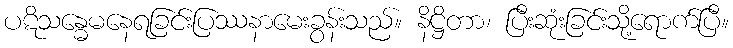
ပဋိသန္ဓေမနေရခြင်းပြဿနာမေးခွန်းသည်။ နိဋ္ဌိတာ၊ ပြီးဆုံးခြင်းသို့ရောက်ပြီ။